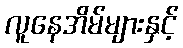
လူနေအိမ်များနှင့်